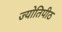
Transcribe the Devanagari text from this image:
ज्योतिपीठ